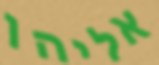
אליהן